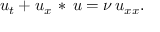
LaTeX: u _ { t } + u _ { x } \, * \, u = \nu \, u _ { x x } .